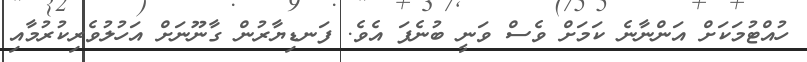
ހުއްޓުމަކަށް އަންނާނެ ކަމަށް ވެސް ވަނީ ބުނެފަ އެވެ. ފަނޑިޔާރުން ގާނޫނަށް އަހުލުވެރިކުރުމާއި